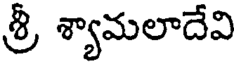
శ్రీ శ్యామలాదేవి